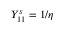
Y _ { 1 1 } ^ { s } = 1 / \eta